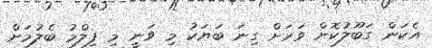
އެކަން ގަބޫލުކޮށް ވަރަށް ގިނަ ބަޔަކު މި ވަނީ މި ފިލްމު ބެލުމަށް